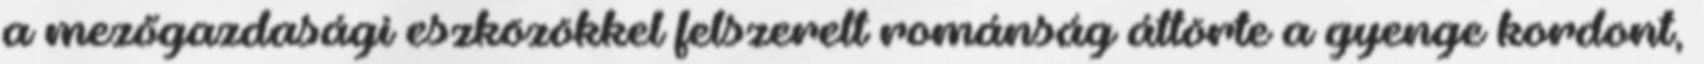
a mezőgazdasági eszközökkel felszerelt románság áttörte a gyenge kordont,